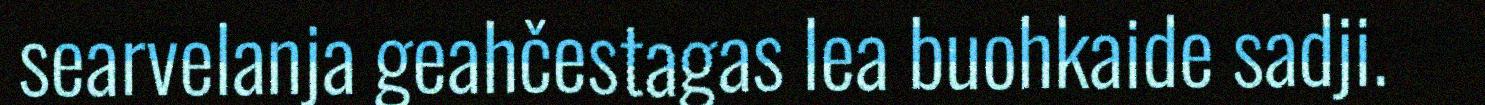
searvelanja geahčestagas lea buohkaide sadji.